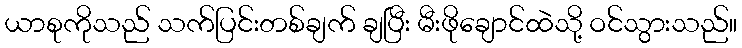
ယာစုကိုသည် သက်ပြင်းတစ်ချက် ချပြီး မီးဖိုချောင်ထဲသို့ ဝင်သွားသည်။